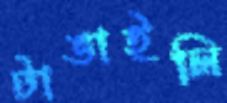
টাঙাইলি